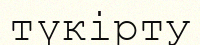
түкірту